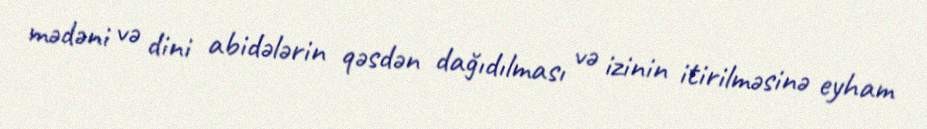
mədəni və dini abidələrin qəsdən dağıdılması və izinin itirilməsinə eyham